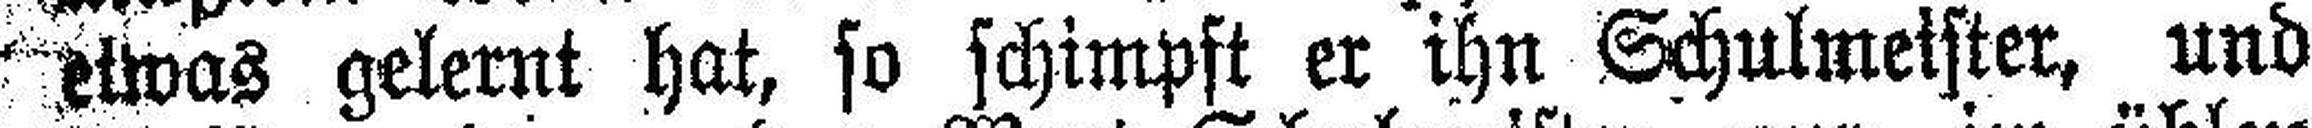
etwas gelernt hat, so schimpft er ihn Schulmeister, und